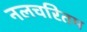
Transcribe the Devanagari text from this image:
नलचरितम